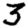
Digit: 3